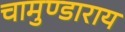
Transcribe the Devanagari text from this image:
चामुण्डाराय